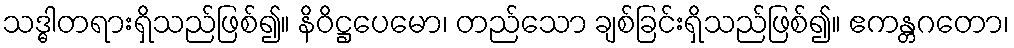
သဒ္ဓါတရားရှိသည်ဖြစ်၍။ နိဝိဋ္ဌပေမော၊ တည်သော ချစ်ခြင်းရှိသည်ဖြစ်၍။ ဧကန္တဂတော၊